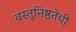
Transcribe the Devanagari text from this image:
वस्तुनिष्ठतेची